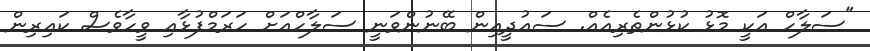
"ސަލާހް އަކީ މޮޅު ކުޅުންތެރިއެއް. ސައުދީއިން ބޭނުންވަނީ ސަލާހްއަށް ހަރަމްފުޅާއި ވީހާވެސް ކައިރިން